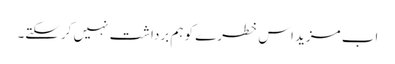
اب مزید اس خطرے کو ہم برداشت نہیں کرسکتے۔